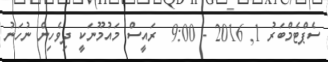
ސެޕްޓެމްބަރު 1